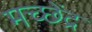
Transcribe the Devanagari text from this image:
मच्छेंद्र